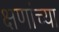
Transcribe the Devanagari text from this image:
क्षणांच्या